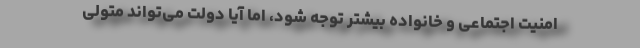
امنیت اجتماعی و خانواده بیشتر توجه شود، اما آیا دولت می‌تواند متولی